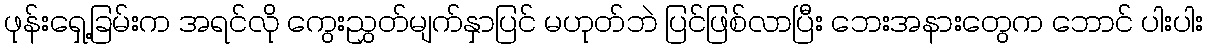
ဖုန်းရှေ့ခြမ်းက အရင်လို ကွေးညွှတ်မျက်နှာပြင် မဟုတ်ဘဲ ပြင်ဖြစ်လာပြီး ဘေးအနားတွေက ဘောင် ပါးပါး